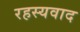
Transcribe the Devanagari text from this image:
रहस्‍यवाद